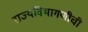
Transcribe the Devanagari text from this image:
राज्यविभागणीची